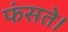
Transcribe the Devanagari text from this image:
फंसते।